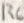
Text: R6